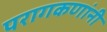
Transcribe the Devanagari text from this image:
परागकणांनी